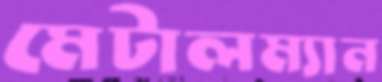
মেটালম্যান